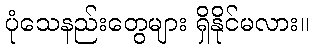
ပုံသေနည်းတွေများ ရှိနိုင်မလား။